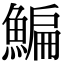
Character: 鯿